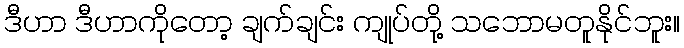
ဒီဟာ ဒီဟာကိုတော့ ချက်ချင်း ကျုပ်တို့ သဘောမတူနိုင်ဘူး။